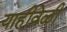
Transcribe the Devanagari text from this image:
याहीवेळी